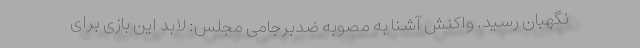
نگهبان رسید. واکنش آشنا به مصوبه ضدبرجامی مجلس: لابد این بازی برای